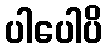
ပါပေါပိ